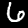
Digit: 6